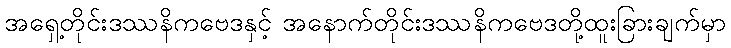
အရှေ့တိုင်းဒဿနိကဗေဒနှင့် အနောက်တိုင်းဒဿနိကဗေဒတို့ထူးခြားချက်မှာ